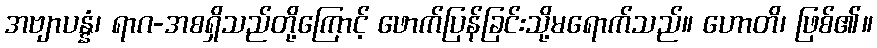
အဗျာပန္နံ၊ ရာဂ-အစရှိသည်တို့ကြောင့် ဖောက်ပြန်ခြင်းသို့မရောက်သည်။ ဟောတိ၊ ဖြစ်၏။